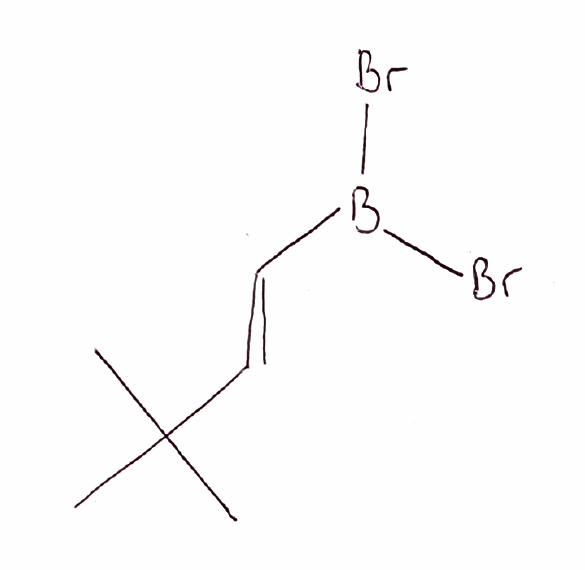
Simplified molecular-input line-entry system (SMILES) notation of the given molecule:
B(/C=C/C(C)(C)C)(Br)Br